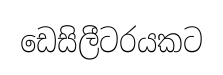
ඩෙසිලීටරයකට